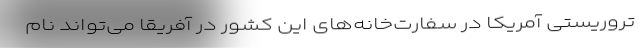
تروریستی آمریکا در سفارت‌خانه‌های این کشور در آفریقا می‌تواند نام